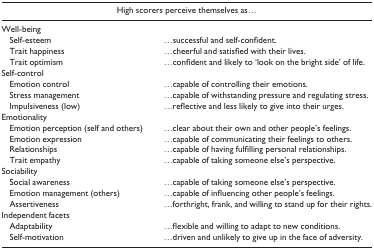
| <COLSPAN=2> High scorers perceive themselves as... |
 | --- | --- |
 | <COLSPAN=2> Well-being |
 | Self-esteem | ...successful and self-confident. |
 | Trait happiness | ...cheerful and satisfied with their lives. |
 | Trait optimism | ...confident and likely to ‘look on the bright side’ of life. |
 | <COLSPAN=2> Self-control |
 | Emotion control | ...capable of controlling their emotions. |
 | Stress management | ...capable of withstanding pressure and regulating stress. |
 | Impulsiveness (low) | ...reflective and less likely to give into their urges. |
 | <COLSPAN=2> Emotionality |
 | Emotion perception (self and others) | ...clear about their own and other people’s feelings. |
 | Emotion expression | ...capable of communicating their feelings to others. |
 | Relationships | ...capable of having fulfilling personal relationships. |
 | Trait empathy | ...capable of taking someone else’s perspective. |
 | <COLSPAN=2> Sociability |
 | Social awareness | ...capable of taking someone else’s perspective. |
 | Emotion management (others) | ...capable of influencing other people’s feelings. |
 | Assertiveness | ...forthright, frank, and willing to stand up for their rights. |
 | <COLSPAN=2> Independent facets |
 | Adaptability | ...flexible and willing to adapt to new conditions. |
 | Self-motivation | ...driven and unlikely to give up in the face of adversity. |